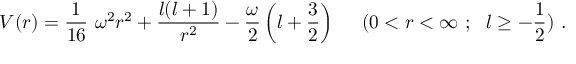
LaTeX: V ( r ) = \frac { 1 } { 1 6 } ~ \omega ^ { 2 } r ^ { 2 } + \frac { l ( l + 1 ) } { r ^ { 2 } } - \frac { \omega } { 2 } \left( l + \frac { 3 } { 2 } \right) ~ ~ ~ ~ ( 0 < r < \infty ~ ; ~ ~ l \ge - \frac { 1 } { 2 } ) ~ .